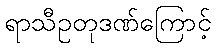
ရာသီဥတုဒဏ်ကြောင့်